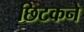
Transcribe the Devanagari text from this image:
छिटकने